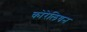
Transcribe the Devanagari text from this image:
कोरेलियन